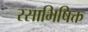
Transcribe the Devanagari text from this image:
रसाभिषिक्त